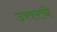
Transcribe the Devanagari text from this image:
उत्तरचे